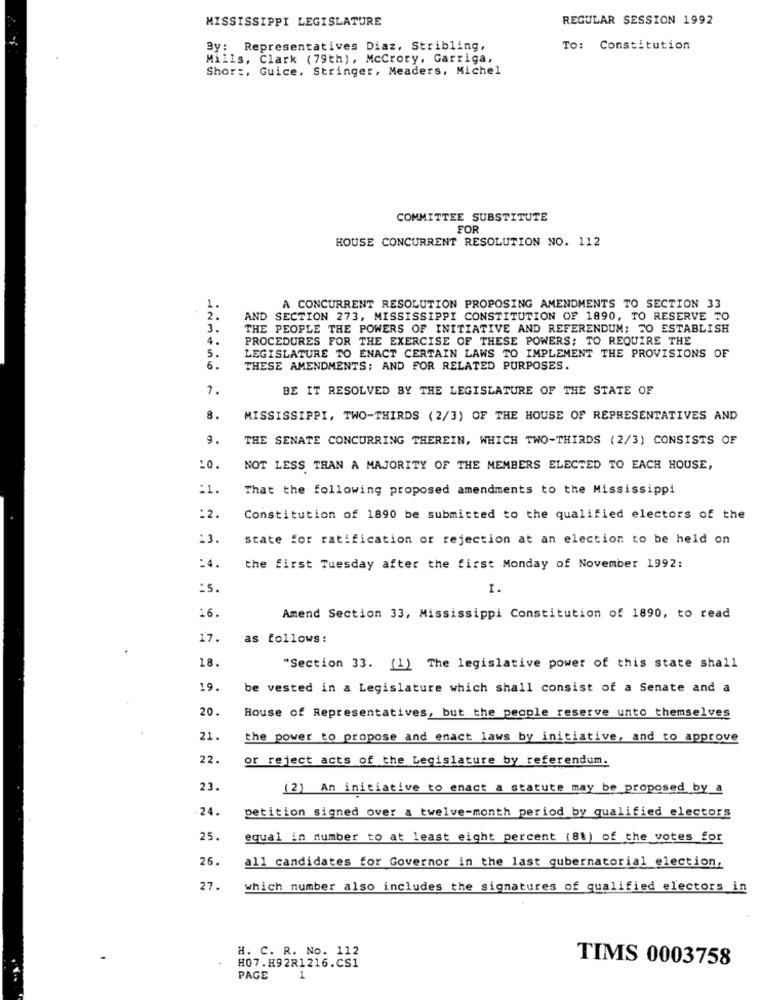
MISSISSIPPI LEGISLATURE
REGULAR SESSION 1992
By: Representatives Diaz, Stribling,
To: Constitution
Mills, Clark (79th), McCrory, Garriga,
Shor :, Guice, Stringer, Meaders, Michel
COMMITTEE SUBSTITUTE
FOR
HOUSE CONCURRENT RESOLUTION NO. 112
1.
A CONCURRENT RESOLUTION PROPOSING AMENDMENTS TO SECTION 33
2.
AND SECTION 273, MISSISSIPPI CONSTITUTION OF 1890, TO RESERVE TO
3.
THE PEOPLE THE POWERS OF INITIATIVE AND REFERENDUM; TO ESTABLISH
4.
PROCEDURES FOR THE EXERCISE OF THESE POWERS; TO REQUIRE THE
5.
LEGISLATURE TO ENACT CERTAIN LAWS TO IMPLEMENT THE PROVISIONS OF
6.
THESE AMENDMENTS; AND FOR RELATED PURPOSES.
7.
BE IT RESOLVED BY THE LEGISLATURE OF THE STATE OF
8.
MISSISSIPPI, TWO-THIRDS (2/3) OF THE HOUSE OF REPRESENTATIVES AND
9.
THE SENATE CONCURRING THEREIN, WHICH TWO-THIRDS (2/3) CONSISTS OF
10.
NOT LESS THAN A MAJORITY OF THE MEMBERS ELECTED TO EACH HOUSE,
11
That the following proposed amendments to the Mississippi
:2
Constitution of 1890 be submitted to the qualified electors of the
13.
state for ratification or rejection at an election to be held on
:4.
the first Tuesday after the first Monday of November 1992:
:5
16.
Amend Section 33, Mississippi Constitution of 1890, to read
17.
as follows:
18.
"Section 33. (1) The legislative power of this state shall
19.
be vested in a Legislature which shall consist of a Senate and a
20.
House of Representatives, but the people reserve unto themselves
21.
the power to propose and enact laws by initiative, and to approve
22.
or reject acts of the Legislature by referendum.
23.
(2) An initiative to enact a statute may be proposed by a
24.
petition signed over a twelve-month period by qualified electors
25.
equal in number to at least eight percent (8t) of the votes for
26.
all candidates for Governor in the last gubernatorial election,
27.
which number also includes the signatures of qualified electors in
H. C. R. No. 112
TIMS 0003758
#07.H92R1216.CS1
PAGE
1